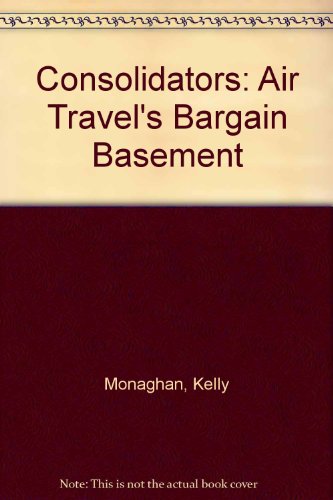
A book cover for Consolidators: Air Travel's Bargain Basement; Kelly Monaghan; Travel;